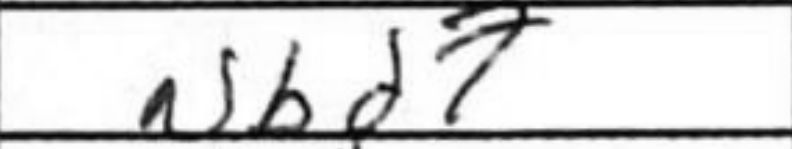
Transcription: Nbd7